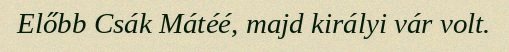
Előbb Csák Mátéé, majd királyi vár volt.